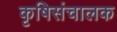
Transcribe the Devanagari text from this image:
कृषिसंचालक